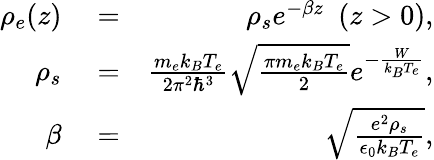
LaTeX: \begin{array}{rlr}{\rho_{e}(z)}&{{}=}&{\rho_{s}e^{-\beta z}\ \ (z>0),}\\ {\rho_{s}}&{{}=}&{\frac{m_{e}k_{B}T_{e}}{2\pi^{2}\hbar^{3}}\sqrt{\frac{\pi m_{e}k_{B}T_{e}}{2}}e^{-\frac{W}{k_{B}T_{e}}},}\\ {\beta}&{{}=}&{\sqrt{\frac{e^{2}\rho_{s}}{\epsilon_{0}k_{B}T_{e}}},}\end{array}